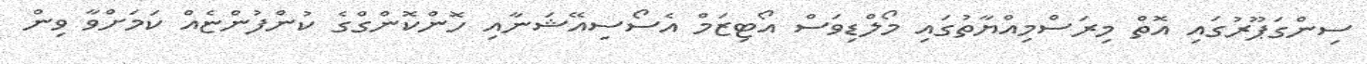
ސިންގަޕޫރުގައި އޮތް މިރަސްމިއްޔާތުގައި މޯލްޑިވަސް އޯޓިޒަމް އެސޯސިއޭޝަނާއި ހޮންކޮންގްގެ ކުންފުންޏެއް ކަމަށްވާ ވިން